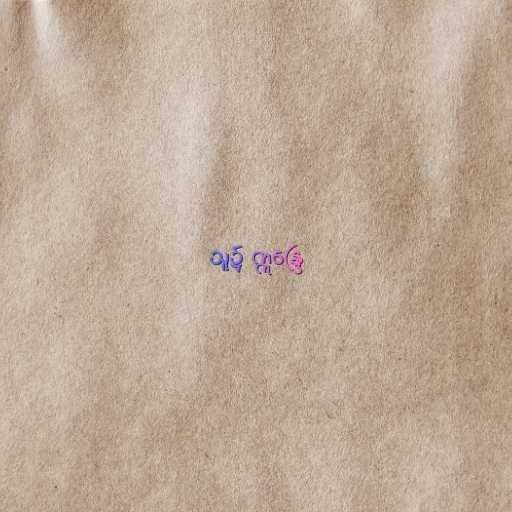
သူ၌ ဣန္ဒြေ